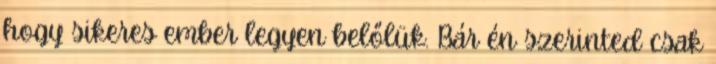
hogy sikeres ember legyen belőlük. Bár én szerinted csak